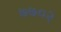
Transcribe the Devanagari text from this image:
७७०२